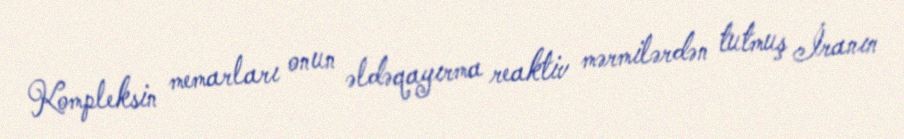
Kompleksin memarları onun əldəqayırma reaktiv mərmilərdən tutmuş İranın